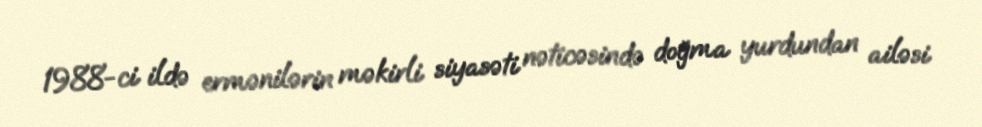
1988-ci ildə ermənilərin məkirli siyasəti nəticəsində doğma yurdundan ailəsi